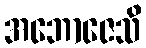
အဘောဇေသိ